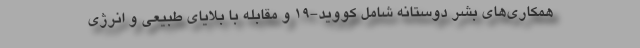
همکاری‌های بشر دوستانه شامل کووید-۱۹ و مقابله با بلایای‌ طبیعی و انرژی